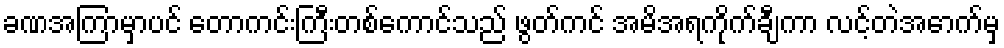
ခဏအကြာမှာပင် တောကင်းကြီးတစ်ကောင်သည် ဖွတ်ကင် အမိအရကိုက်ချီကာ လင့်တဲအောက်မှ